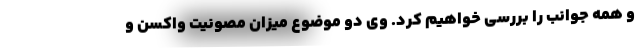
و همه جوانب را بررسی خواهیم کرد. وی دو موضوع میزان مصونیت واکسن و